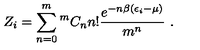
Z _ { i } = \sum _ { n = 0 } ^ { m } { } ^ { m } C _ { n } n ! \frac { e ^ { - n \beta ( \epsilon _ { i } - \mu ) } } { m ^ { n } } \ .